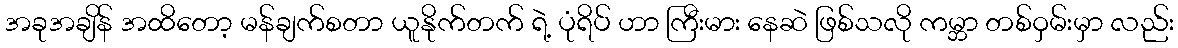
အခုအချိန် အထိတော့ မန်ချက်စတာ ယူနိုက်တက် ရဲ့ ပုံရိပ် ဟာ ကြီးမား နေဆဲ ဖြစ်သလို ကမ္ဘာ တစ်ဝှမ်းမှာ လည်း